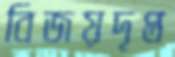
বিজয়দৃপ্ত